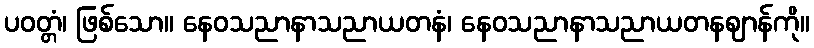
ပဝတ္တံ၊ ဖြစ်သော။ နေဝသညာနာသညာယတနံ၊ နေဝသညာနာသညာယတနဈာန်ကို။